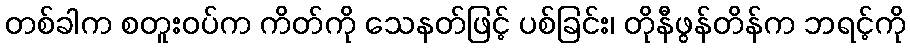
တစ်ခါက စတူးဝပ်က ကိတ်ကို သေနတ်ဖြင့် ပစ်ခြင်း၊ တိုနီဖွန်တိန်က ဘရင့်ကို